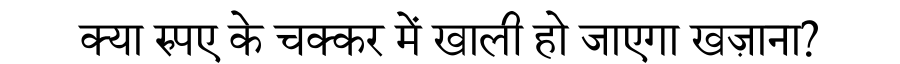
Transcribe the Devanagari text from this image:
क्या रुपए के चक्कर में खाली हो जाएगा खज़ाना?